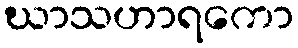
ဃာသဟာရကော